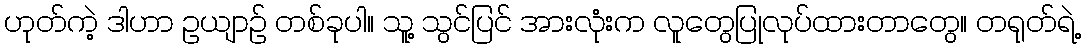
ဟုတ်ကဲ့ ဒါဟာ ဥယျာဉ် တစ်ခုပါ။ သူ့ သွင်ပြင် အားလုံးက လူတွေပြုလုပ်ထားတာတွေ။ တရုတ်ရဲ့